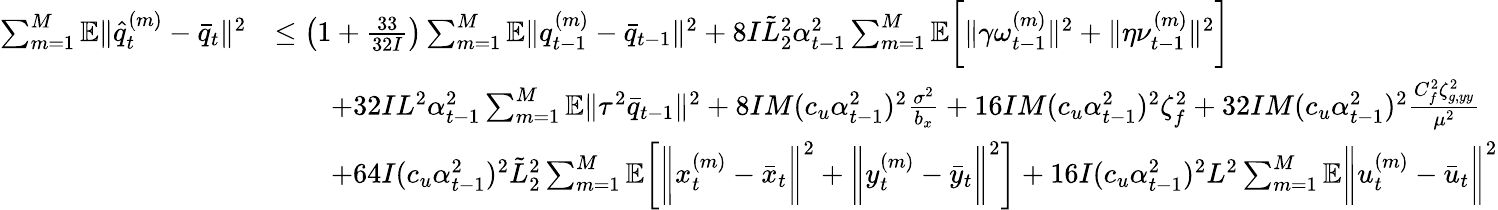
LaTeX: \begin{array}{rl}{\sum_{m=1}^{M}\mathbb{E}\| \hat{q}_{t}^{(m)}-\bar{q}_{t}\| ^{2}}&{\leq\left(1+\frac{33}{32I}\right)\sum_{m=1}^{M}\mathbb{E}\| q_{t-1}^{(m)}-\bar{q}_{t-1}\| ^{2}+8I\tilde{L}_{2}^{2}\alpha_{t-1}^{2}\sum_{m=1}^{M}\mathbb{E}\bigg[\| \gamma\omega_{t-1}^{(m)}\| ^{2}+\| \eta\nu_{t-1}^{(m)}\| ^{2}\bigg]}\\ &{\qquad+32IL^{2}\alpha_{t-1}^{2}\sum_{m=1}^{M}\mathbb{E}\| \tau^{2}\bar{q}_{t-1}\| ^{2}+8IM(c_{u}\alpha_{t-1}^{2})^{2}\frac{\sigma^{2}}{b_{x}}+16IM(c_{u}\alpha_{t-1}^{2})^{2}\zeta_{f}^{2}+32IM(c_{u}\alpha_{t-1}^{2})^{2}\frac{C_{f}^{2}\zeta_{g,yy}^{2}}{\mu^{2}}}\\ &{\qquad+64I(c_{u}\alpha_{t-1}^{2})^{2}\tilde{L}_{2}^{2}\sum_{m=1}^{M}\mathbb{E}\bigg[\bigg\| x_{t}^{(m)}-\bar{x}_{t}\bigg\| ^{2}+\bigg\| y_{t}^{(m)}-\bar{y}_{t}\bigg\| ^{2}\bigg]+16I(c_{u}\alpha_{t-1}^{2})^{2}L^{2}\sum_{m=1}^{M}\mathbb{E}\bigg\| u_{t}^{(m)}-\bar{u}_{t}\bigg\| ^{2}}\end{array}